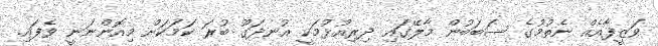
ވަޒީފާއެއް ނެތުމުގެ ސަބަބުން މާލޭގައި ދިރިއުޅުމަކީ އުނދަގޫ ބުރަ ކަމަކަށް މިއޮންނަނީ ވެފައި.